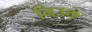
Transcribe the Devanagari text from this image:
निउक्त